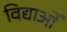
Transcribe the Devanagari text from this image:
विद्याओँ